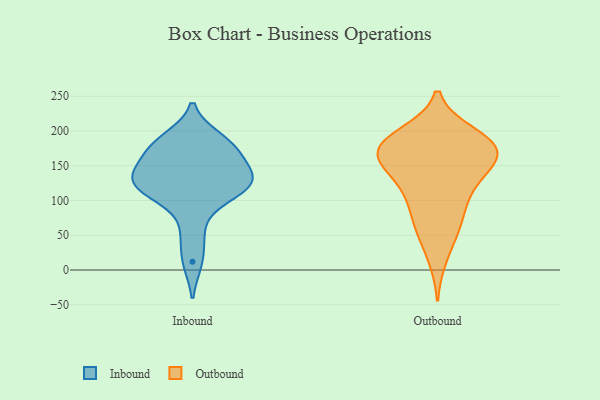
{"axis": {"x": "Latency (ms)", "y": "Value"}, "legend": ["Inbound", "Outbound"], "data": [{"x": "", "y": 121, "type": "Inbound"}, {"x": "", "y": 139, "type": "Inbound"}, {"x": "", "y": 128, "type": "Inbound"}, {"x": "", "y": 152, "type": "Inbound"}, {"x": "", "y": 12, "type": "Inbound"}, {"x": "", "y": 180, "type": "Inbound"}, {"x": "", "y": 54, "type": "Inbound"}, {"x": "", "y": 127, "type": "Inbound"}, {"x": "", "y": 127, "type": "Inbound"}, {"x": "", "y": 117, "type": "Inbound"}, {"x": "", "y": 102, "type": "Inbound"}, {"x": "", "y": 188, "type": "Inbound"}, {"x": "", "y": 173, "type": "Inbound"}, {"x": "", "y": 178, "type": "Inbound"}, {"x": "", "y": 73, "type": "Outbound"}, {"x": "", "y": 107, "type": "Outbound"}, {"x": "", "y": 179, "type": "Outbound"}, {"x": "", "y": 154, "type": "Outbound"}, {"x": "", "y": 190, "type": "Outbound"}, {"x": "", "y": 185, "type": "Outbound"}, {"x": "", "y": 193, "type": "Outbound"}, {"x": "", "y": 173, "type": "Outbound"}, {"x": "", "y": 169, "type": "Outbound"}, {"x": "", "y": 111, "type": "Outbound"}, {"x": "", "y": 196, "type": "Outbound"}, {"x": "", "y": 164, "type": "Outbound"}, {"x": "", "y": 103, "type": "Outbound"}, {"x": "", "y": 141, "type": "Outbound"}, {"x": "", "y": 163, "type": "Outbound"}, {"x": "", "y": 17, "type": "Outbound"}, {"x": "", "y": 139, "type": "Outbound"}, {"x": "", "y": 57, "type": "Outbound"}, {"x": "", "y": 60, "type": "Outbound"}, {"x": "", "y": 162, "type": "Outbound"}]}